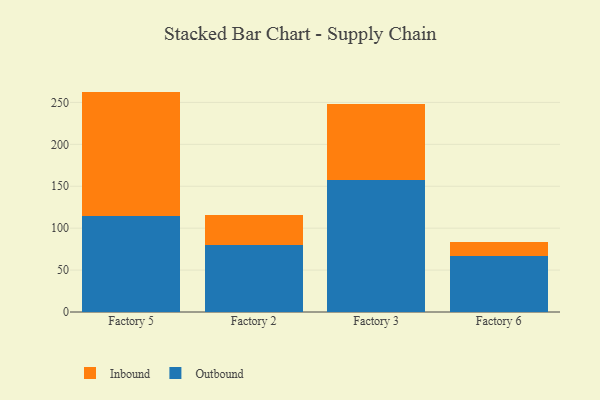
{"axis": {"x": "Factory", "y": "Page Views"}, "legend": ["Inbound", "Outbound"], "data": [{"x": "Factory 5", "y": 115.0, "type": "Outbound"}, {"x": "Factory 5", "y": 147.9, "type": "Inbound"}, {"x": "Factory 2", "y": 79.8, "type": "Outbound"}, {"x": "Factory 2", "y": 35.9, "type": "Inbound"}, {"x": "Factory 3", "y": 157.1, "type": "Outbound"}, {"x": "Factory 3", "y": 90.8, "type": "Inbound"}, {"x": "Factory 6", "y": 66.5, "type": "Outbound"}, {"x": "Factory 6", "y": 17.5, "type": "Inbound"}]}